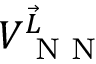
V _ { \textrm { N N } } ^ { \vec { L } }